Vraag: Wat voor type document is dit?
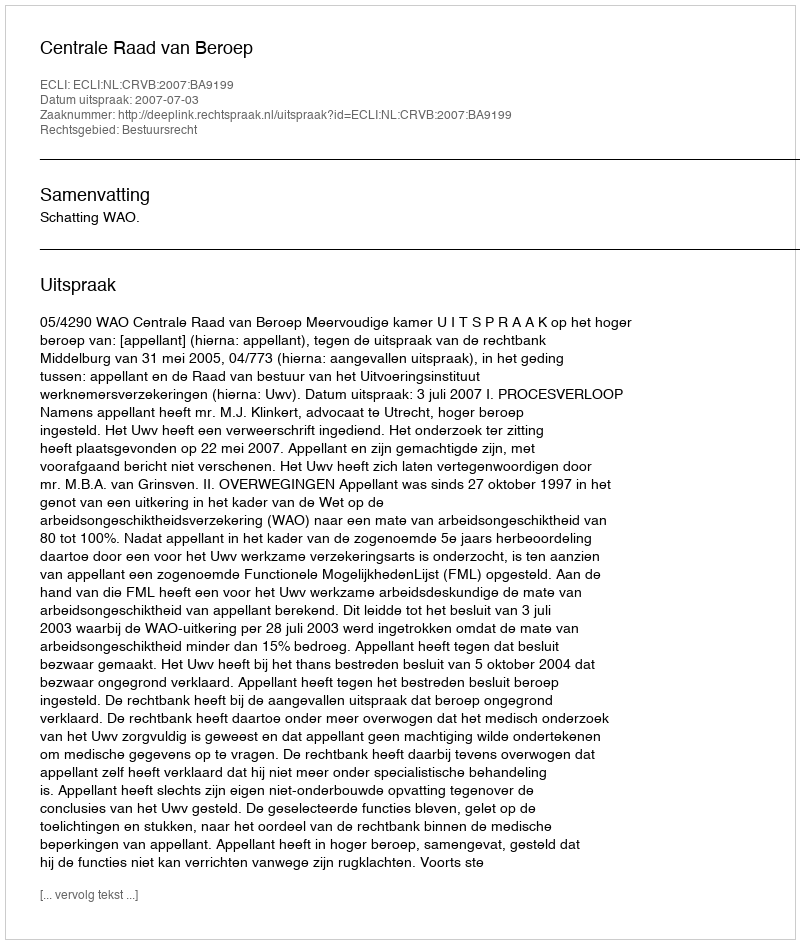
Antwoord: Uitspraak